Vaccination in Bombay 1856-1862 - 1856-1862
Year: 1856
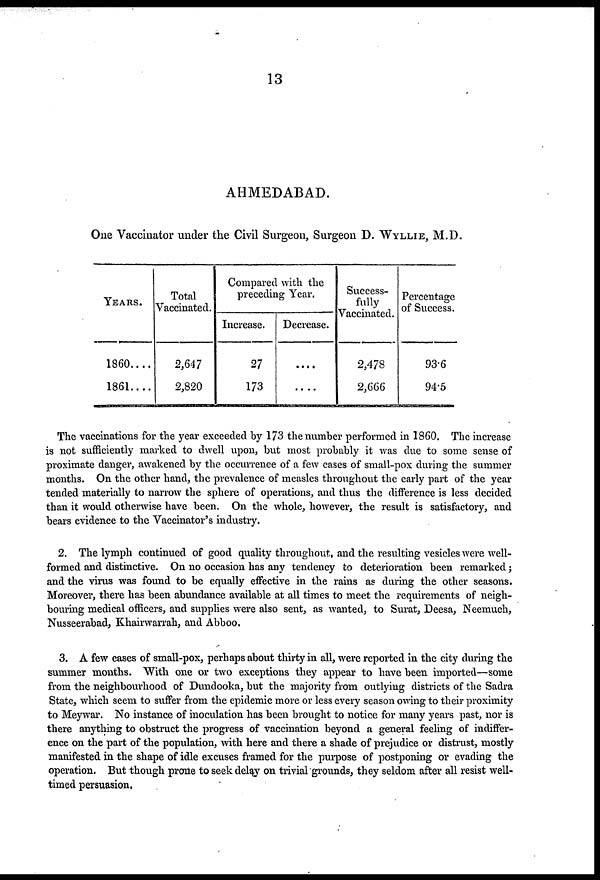
13
AHMEDABAD.
One Vaccinator under the Civil Surgeon, Surgeon D. WYLLIE, M.D.
YEARS.
1860....
1861....
Total
Vaccinated.
2,647
2,820
Compared with the
preceding Year.
Increase.
27
173
Decrease.
....
....
Success-
fully
Vaccinated.
2,478
2,666
Percentage
of Success.
93.6
94.5
The vaccinations for the year exceeded by 173 the number performed in 1860. The increase
is not sufficiently marked to dwell upon, but most probably it was due to some sense of
proximate danger, awakened by the occurrence of a few cases of small-pox during the summer
months. On the other hand, the prevalence of measles throughout the early part of the year
tended materially to narrow the sphere of operations, and thus the difference is less decided
than it would otherwise have been. On the whole, however, the result is satisfactory, and
bears evidence to the Vaccinator's industry.
2. The lymph continued of good quality throughout, and the resulting vesicles were well-
formed and distinctive. On no occasion has any tendency to deterioration been remarked;
and the virus was found to be equally effective in the rains as during the other seasons.
Moreover, there has been abundance available at all times to meet the requirements of neigh-
bouring medical officers, and supplies were also sent, as wanted, to Surat, Deesa, Neemuch,
Nusseerabad, Khairwarrah, and Abboo.
3. A few cases of small-pox, perhaps about thirty in all, were reported in the city during the
summer months. With one or two exceptions they appear to have been imported—some
from the neighbourhood of Dundooka, but the majority from outlying districts of the Sadra
State, which seem to suffer from the epidemic more or less every season owing to their proximity
to Meywar. No instance of inoculation has been brought to notice for many years past, nor is
there anything to obstruct the progress of vaccination beyond a general feeling of indiffer-
ence on the part of the population, with here and there a shade of prejudice or distrust, mostly
manifested in the shape of idle excuses framed for the purpose of postponing or evading the
operation. But though prone to seek delay on trivial grounds, they seldom after all resist well-
timed persuasion.